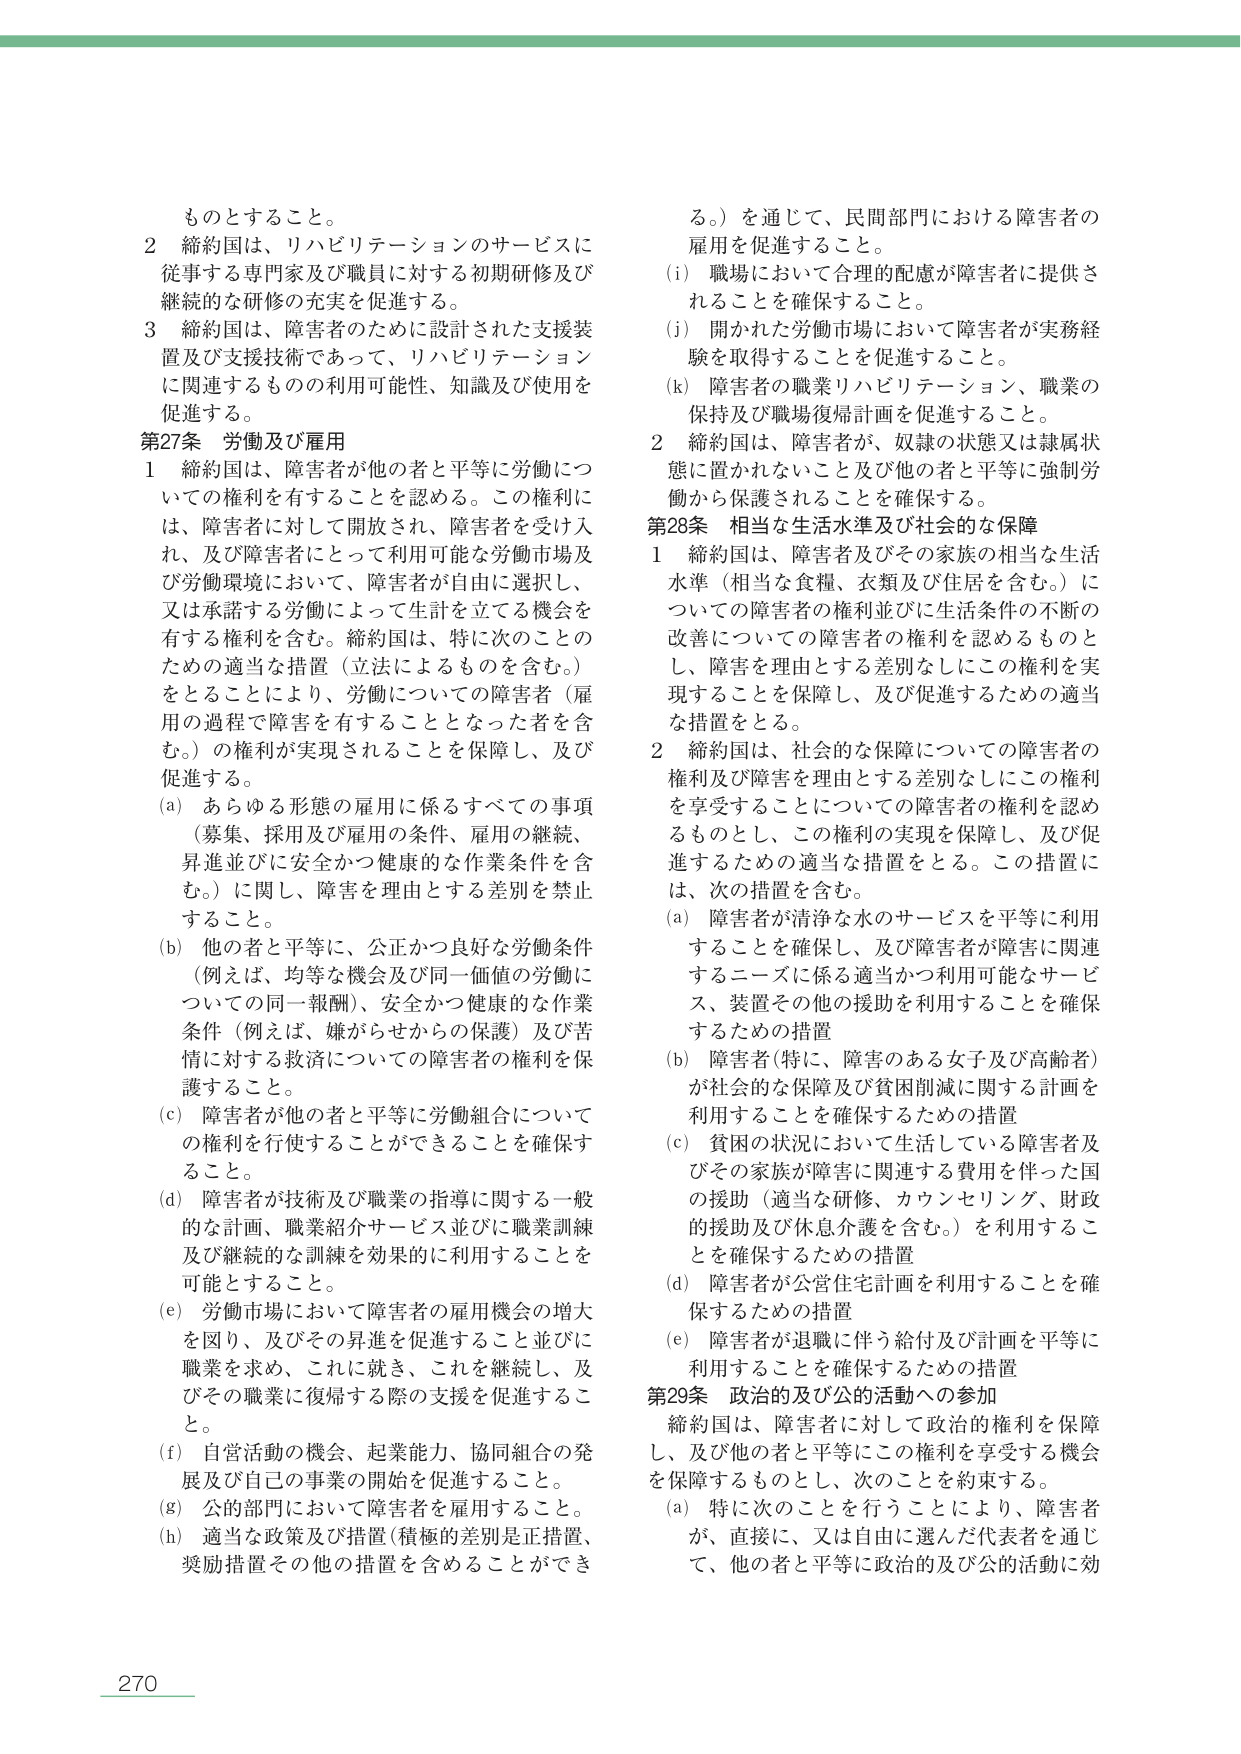
ものとすること。

2 締約国は、リハビリテーションのサービスに従事する専門家及び職員に対する初期研修及び継続的な研修の充実を促進する。

3 締約国は、障害者のために設計された支援装置及び支援技術であって、リハビリテーションに関連するものの利用可能性、知識及び使用を促進する。

第27条 労働及び雇用

1 締約国は、障害者が他の者と平等に労働についての権利を有することを認める。この権利には、障害者に対して開放され、障害者を受け入れ、及び障害者にとって利用可能な労働市場及び労働環境において、障害者が自由に選択し、又は承諾する労働によって生計を立てる機会を有する権利を含む。締約国は、特に次のことのための適当な措置（立法によるものを含む。）をとることにより、労働についての障害者（雇用の過程で障害を有することとなった者を含む。）の権利が実現されることを保障し、及び促進する。

(a) あらゆる形態の雇用に係るすべての事項（募集、採用及び雇用の条件、雇用の継続、昇進並びに安全かつ健康的な作業条件を含む。）に関して、障害を理由とする差別を禁止すること。

(b) 他の者と平等に、公正かつ良好な労働条件（例えば、均等な機会及び同一価値の労働についての同一報酬）、安全かつ健康的な作業条件（例えば、嫌がらせからの保護）及び苦情に対する救済についての障害者の権利を保護すること。

(c) 障害者が他の者と平等に労働組合についての権利を行使することができることを確保すること。

(d) 障害者が技術及び職業の指導に関する一般的な計画、職業紹介サービス並びに職業訓練及び継続的な訓練を効果的に利用することを可能とすること。

(e) 労働市場において障害者の雇用機会の増大を図り、及びその昇進を促進すること並びに職業を求め、これに就き、これを継続し、及びその職業に復帰する際の支援を促進すること。

(f) 自営活動の機会、起業能力、協同組合の発展及び自己の事業の開始を促進すること。

(g) 公の部門において障害者を雇用すること。

(h) 適当な政策及び措置（積極的差別是正措置、奨励措置その他の措置を含めることができる。）を通じて、民間部門における障害者の雇用を促進すること。

(i) 職場において合理的配慮が障害者に提供されることを確保すること。

(j) 開かれた労働市場において障害者が実務経験を取得することを促進すること。

(k) 障害者の職業リハビリテーション、職業の保持及び職場復帰計画を促進すること。

2 締約国は、障害者が、奴隷の状態又は隷属状態に置かれないこと及び他の者と平等に強制労働から保護されることを確保する。

第28条 相当な生活水準及び社会的な保障

1 締約国は、障害者及びその家族の相当な生活水準（相当な食糧、衣類及び住居を含む。）についての障害者の権利並びに生活条件の不断の改善についての障害者の権利を認めるとともに、障害者を理由とする差別なしにこの権利を実現することを保障し、及び促進するための適当な措置をとる。

2 締約国は、社会的な保障についての障害者の権利及び障害を理由とする差別なしにこの権利を享受することについての障害者の権利を認めるとともに、この権利の実現を保障し、及び促進するための適当な措置をとる。この措置には、次の措置を含む。

(a) 障害者が清浄な水のサービスを平等に利用することを確保し、及び障害者が障害に関連するニーズに係る適当かつ利用可能なサービス、装置その他の援助を利用することを確保するための措置

(b) 障害者（特に、障害のある女子及び高齢者）が社会的な保障及び貧困削減に関する計画を利用することを確保するための措置

(c) 貧困の状況において生活している障害者及びその家族が障害に関連する費用を伴った国の援助（適当な研修、カウンセリング、財政的援助及び休息介護を含む。）を利用することを確保するための措置

(d) 障害者が公営住宅計画を利用することを確保するための措置

(e) 障害者が退職に伴う給付及び計画を平等に利用することを確保するための措置

第29条 政治的及び公的活動への参加

締約国は、障害者に対して政治的権利を保障し、及び他の者と平等にこの権利を享受する機会を保障するものとし、次のことを約束する。

(a) 特に次のことを行うことにより、障害者が、直接に、又は自由に選んだ代表者を通じて、他の者と平等に政治的及び公的活動に効

270